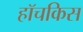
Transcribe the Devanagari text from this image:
हॉचकिस